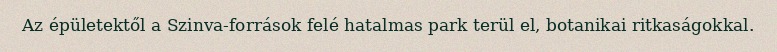
Az épületektől a Szinva-források felé hatalmas park terül el, botanikai ritkaságokkal.